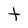
Character: t